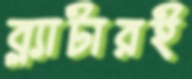
ব্ল্যাটারই